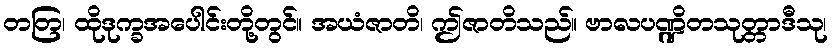
တတြ၊ ထိုဒုက္ခအပေါင်းတို့တွင်။ အယံဇာတိ၊ ဤဇာတိသည်။ ဗာလပဏ္ဍိတသုတ္တာဒီသု၊